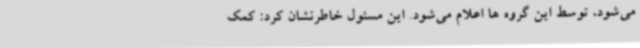
می‌شود، توسط این گروه ها اعلام می‌شود. این مسئول خاطرنشان کرد: کمک